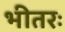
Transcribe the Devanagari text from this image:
भीतरः